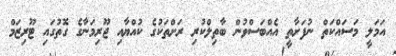
އަމަލީ މަސައްކަތް ނުފަށާތީ އެއްބަސްވުން ބާތިލްކުރި ރަށްތަކުގެ ކުއްޔާއި ޖޫރިމަނާގެ ގޮތުގައި ޓޫރިޒަމް